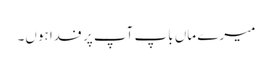
میرے ماں باپ آپ پر فدا ہوں۔